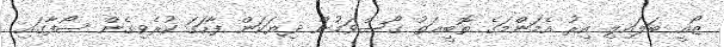
ޒޯއީ ބަލައިލި އިރު އެމަންމަގެ ތޮބީޢަތު ގޯސްވަމުން ދިޔަކަން ފާހަގަ ކުރެވިގެން ސޯފާގައި